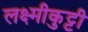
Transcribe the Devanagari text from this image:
लक्ष्मीकुट्टी